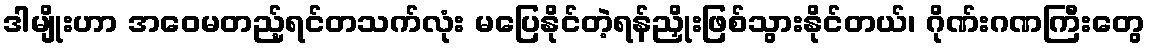
ဒါမျိုးဟာ အဝေမတည့်ရင်တသက်လုံး မပြေနိုင်တဲ့ရန်ညှိုးဖြစ်သွားနိုင်တယ်၊ ဂိုဏ်းဂဏကြီးတွေ